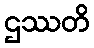
ဌဿတိ